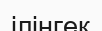
ілінгек